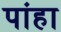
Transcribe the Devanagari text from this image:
पांहा